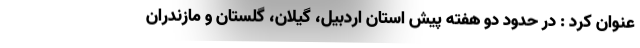
عنوان کرد : در حدود دو هفته پیش استان اردبیل، گیلان، گلستان و مازندران